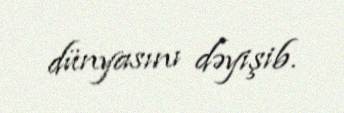
dünyasını dəyişib.